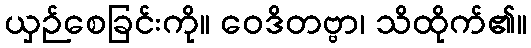
ယှဉ်စေခြင်းကို။ ဝေဒိတဗ္ဗာ၊ သိထိုက်၏။